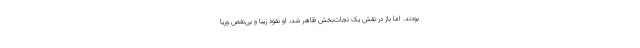
بودند. اما باز در نقش یک نجات‌بخش ظاهر شد، او نفوذ زیبا و بی‌نقص وریا